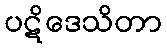
ပဋိဒေသိတာ